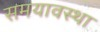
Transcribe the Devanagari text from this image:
समयावस्था